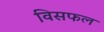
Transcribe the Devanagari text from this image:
विसफल